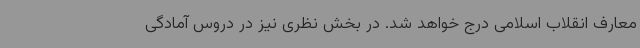
معارف انقلاب اسلامی درج خواهد شد. در بخش نظری نیز در دروس آمادگی